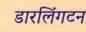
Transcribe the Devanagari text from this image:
डारलिंगटन